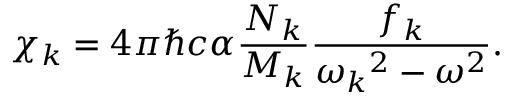
\chi _ { k } = 4 \pi \hbar c \alpha \frac { N _ { k } } { M _ { k } } \frac { f _ { k } } { { \omega _ { k } } ^ { 2 } - \omega ^ { 2 } } .